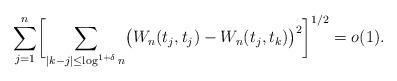
LaTeX: \begin{align*} \sum_{j=1}^n \biggl[\sum_{|k-j|\le\log^{1+\delta}n}\bigl(W_n(t_j,t_j)-W_n(t_{j},t_{k})\bigr)^2 \biggr]^{1/2}=o(1).\end{align*}